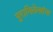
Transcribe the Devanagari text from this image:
पुराभिलेखांना